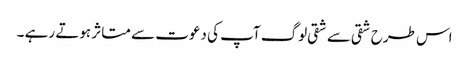
اس طرح شقی سے شقی لوگ آپ کی دعوت سے متاثر ہوتے رہے ۔